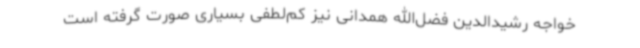
خواجه رشیدالدین فضل‌الله همدانی نیز کم‌لطفی بسیاری صورت گرفته است